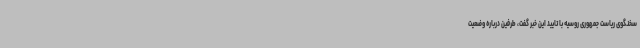
سخنگوی ریاست جمهوری روسیه با تایید این خبر گفت، طرفین درباره وضعیت